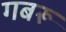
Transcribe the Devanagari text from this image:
गबरू